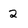
Character: 2